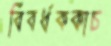
বিবর্ধককাচ